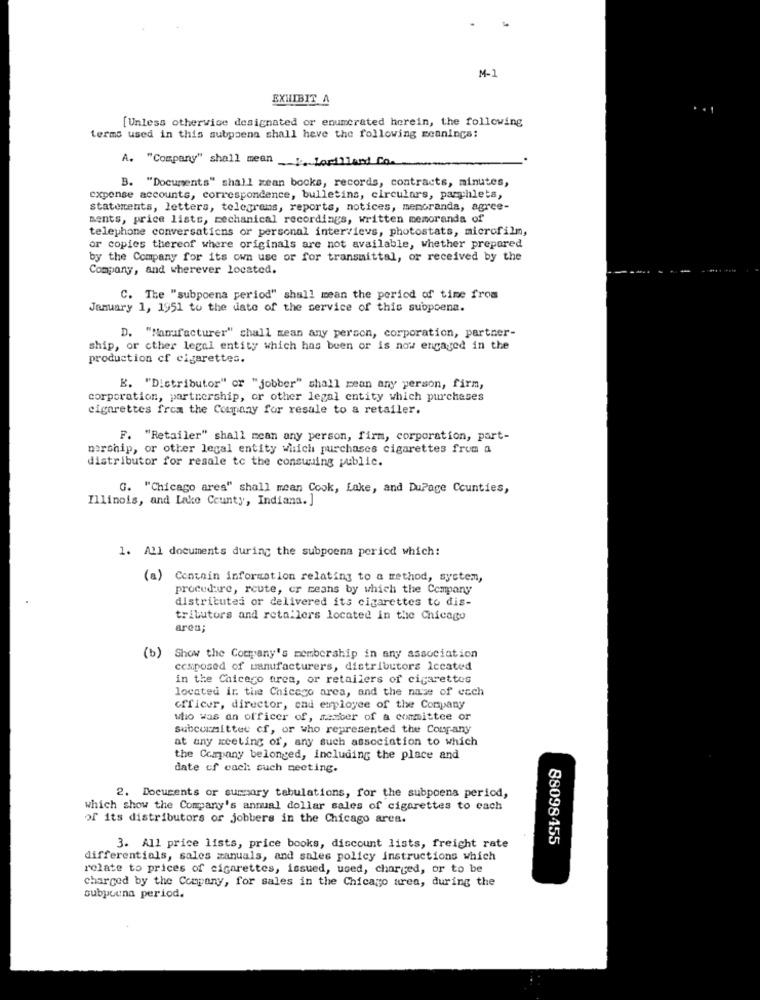
M-1
EXHIBIT A
[Unless otherwise designated or enumerated herein, the following
terms used in this subpoena shall heve the following meanings;
A. "Company" shall mean % Lorillard Co.
B. "Documents" shall gean books, records, contracts, minutes,
expense accounts, correspondence, bulletins, circulars, pamphlets,
statements, letters, telegrams, reports, notices, memoranda, agree-
ments, price lists, mechanical recordings, written memoranda of
telephone conversations or personal intervievs, photostats, microfilm,
or copies thereof where originals are not available, whether prepared
by the Company for its own use or for transmittal, or received by the
Company, and wherever located.
C. The "subpoena period" shall mean the period of time from
January 1, 1951 to the date of the service of this subpoena.
D. "Manufacturer" chall mean any person, corporation, partner-
ship, or cther legal entity which has been or is now engaged in the
production of cigarettes.
B. "Distributor" or "jobber" shall rean any person, firm,
corporation, partnership, or other legal entity which purchases
cigarettes from the Company for resale to a retailer.
F. "Retailer" shall mcan any person, firm, corporation, part-
nership, or other legal entity which purchases cigarettes from a
distributor for resale to the consuming public.
G. "Chicago area" shall mean Cook, Lake, and DuPage Counties,
Illinois, and Lake County, Indiana. ]
1. All documents during the subpoena period which:
(a) Contain information relating to a method, system,
procedure, route, or means by which the Company
distributes or delivered its cigarettes to dis-
tributors and retailers located in the Chicago
area;
(b) Show the Company's membership in any association
cesposed of manufacturers, distributors Iccated
in the Chicago area, or retailers of cigarettes
located in the Chicago area, and the name of each
officer, director, end employee of the Company
who was an officer of, member of a committee or
subcurmittee cf, or who represented the Company
at any meeting of, any such association to which
the Company belonged, including the place and
date of cach such meeting.
2. Documents or summary tabulations, for the subpoena period,
which show the Company's annual dollar sales of cigarettes to each
of its distributors or jobbers in the Chicago area.
88098455
3. All price lists, price books, discount lists, freight rate
differentials, sales manuals, and sales policy instructions which
relate to prices of cigarettes, issued, used, charged, or to be
charged by the Company, for sales in the Chicago area, during the
subpuuna period.